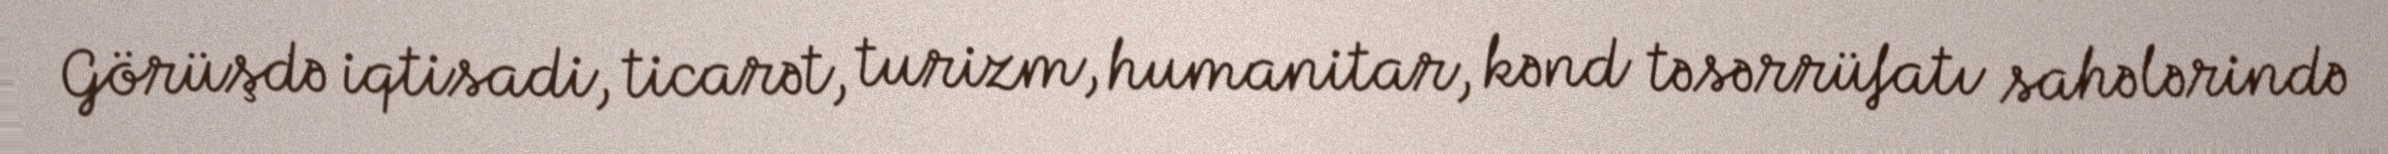
Görüşdə iqtisadi, ticarət, turizm, humanitar, kənd təsərrüfatı sahələrində